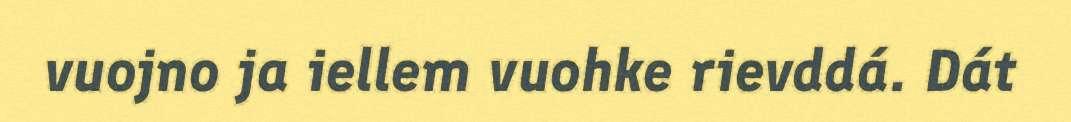
vuojno ja iellem vuohke rievddá. Dát